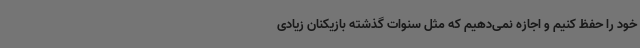
خود را حفظ کنیم و اجازه نمی‌دهیم که مثل سنوات گذشته بازیکنان زیادی